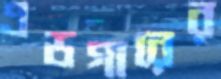
এডগারের